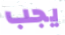
يجب